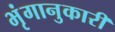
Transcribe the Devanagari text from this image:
भृंगानुकारी